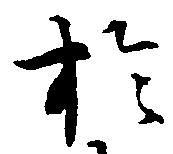
於